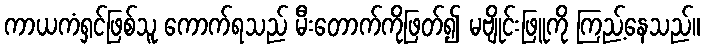
ကာယကံရှင်ဖြစ်သူ ကောက်ရသည် မီးတောက်ကိုဖြတ်၍ မဗျိုင်းဖြူကို ကြည့်နေသည်။